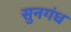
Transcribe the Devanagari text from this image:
सुनगंध